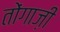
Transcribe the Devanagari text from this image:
तोंगाज़ी